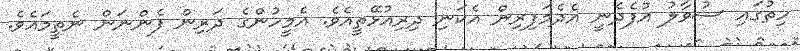
ހިތުގައި ސުވާލު އުފެދެނީ އެދެމަފިރިން އެކަނި ދިރިއުޅޭތީއެވެ. އެމީހުންގެ ދަރިން ފެންނަން ނެތީމައެވެ.